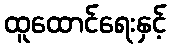
ထူထောင်ရေးနှင့်